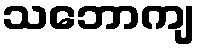
သဘောကျ